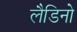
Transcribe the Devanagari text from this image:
लैडिनो